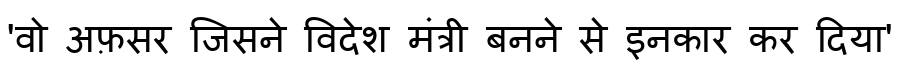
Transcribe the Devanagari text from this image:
'वो अफ़सर जिसने विदेश मंत्री बनने से इनकार कर दिया'